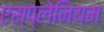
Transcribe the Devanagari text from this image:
एस्प्लेनियम